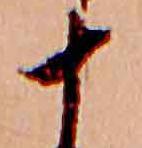
十